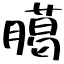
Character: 臈